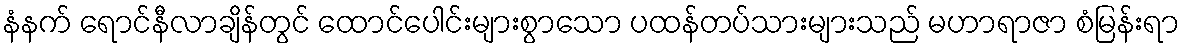
နံနက် ရောင်နီလာချိန်တွင် ထောင်ပေါင်းများစွာသော ပထန်တပ်သားများသည် မဟာရာဇာ စံမြန်းရာ